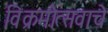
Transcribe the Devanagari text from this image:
विक्रमोत्सवाचे